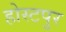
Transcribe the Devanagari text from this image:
होस्टपुर